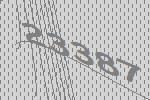
23387